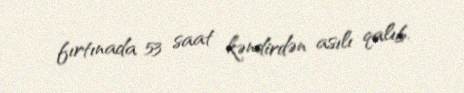
fırtınada 53 saat kəndirdən asılı qalıb.